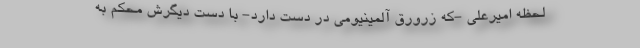
لحظه امیر‌علی -که زرورق آلمینیومی در دست دارد- با دست دیگرش محکم به